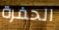
الحفرة